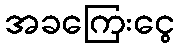
အခကြေးငွေ